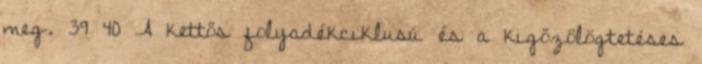
meg. 39 40 A kettős folyadékciklusú és a kigőzölögtetéses